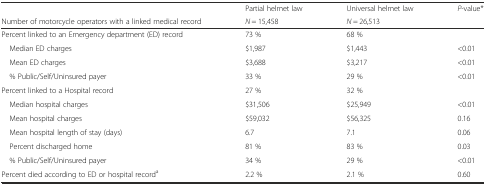
<table><thead><tr><td></td><td><b>Partial helmet law</b></td><td><b>Universal helmet law</b></td><td><b><i>P</i>-value*</b></td></tr><tr><td><b>Number of motorcycle operators with a linked medical record</b></td><td><b><i>N</i> = 15,458</b></td><td><b><i>N</i> = 26,513</b></td><td></td></tr></thead><tbody><tr><td>Percent linked to an Emergency department (ED) record</td><td>73 %</td><td>68 %</td><td></td></tr><tr><td> Median ED charges</td><td>$1,987</td><td>$1,443</td><td>&lt;0.01</td></tr><tr><td> Mean ED charges</td><td>$3,688</td><td>$3,217</td><td>&lt;0.01</td></tr><tr><td> % Public/Self/Uninsured payer</td><td>33 %</td><td>29 %</td><td>&lt;0.01</td></tr><tr><td>Percent linked to a Hospital record</td><td>27 %</td><td>32 %</td><td></td></tr><tr><td> Median hospital charges</td><td>$31,506</td><td>$25,949</td><td>&lt;0.01</td></tr><tr><td> Mean hospital charges</td><td>$59,032</td><td>$56,325</td><td>0.16</td></tr><tr><td> Mean hospital length of stay (days)</td><td>6.7</td><td>7.1</td><td>0.06</td></tr><tr><td> Percent discharged home</td><td>81 %</td><td>83 %</td><td>0.03</td></tr><tr><td> % Public/Self/Uninsured payer</td><td>34 %</td><td>29 %</td><td>&lt;0.01</td></tr><tr><td>Percent died according to ED or hospital record<sup>a</sup></td><td>2.2 %</td><td>2.1 %</td><td>0.60</td></tr></tbody></table>